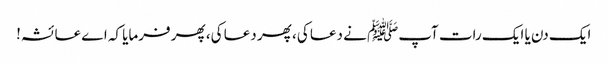
ایک دن یا ایک رات آپﷺ نے دعا کی، پھر دعا کی، پھر فرمایا کہ اے عائشہ!